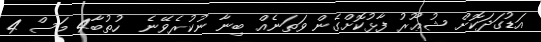
އަޑުގަދަކޮށް ޝުޢޫރު ފާޅުކޮށްގެން ވަތަނެއް ބިނާ ނުކުރެވޭނެ  ހުތުބާ4 މަސް 4